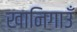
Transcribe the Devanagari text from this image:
खानिगाउँ